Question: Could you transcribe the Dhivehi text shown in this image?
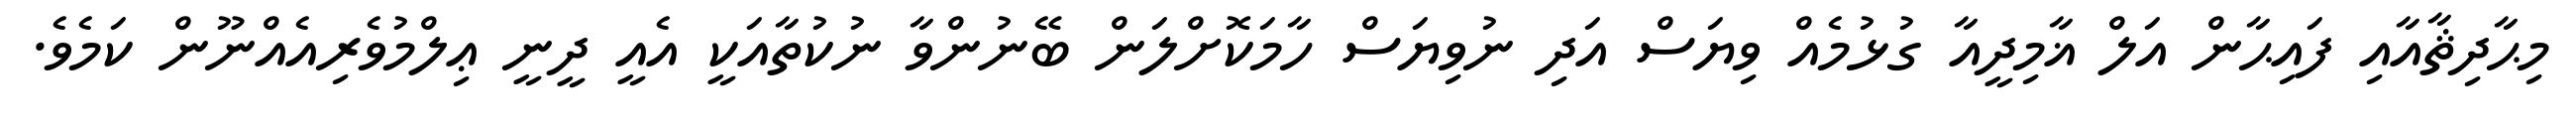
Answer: މިޙާދިޘާއާއި ފައިޙާން އަލް ޣާމިދީއާ ގުޅުމެއް ވިޔަސް އަދި ނުވިޔަސް ހާމަކޮށްލަން ބޭނުންވާ ނުކުތާއަކީ އެއީ ދީނީ ޢިލްމުވެރިއެއްނޫން ކަމެވެ.